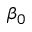
\beta _ { 0 }